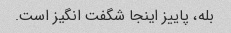
بله، پاییز اینجا شگفت انگیز است.